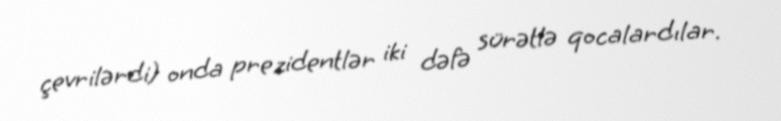
çevrilərdi) onda prezidentlər iki dəfə sürətlə qocalardılar.